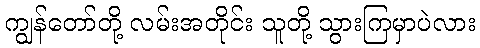
ကျွန်တော်တို့ လမ်းအတိုင်း သူတို့ သွားကြမှာပဲလား